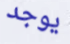
يوجد